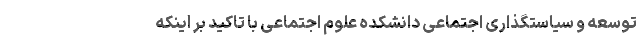
توسعه و سیاستگذاری اجتماعی دانشکده علوم اجتماعی با تاکید بر اینکه